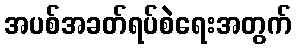
အပစ်အခတ်ရပ်စဲရေးအတွက်